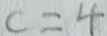
c = 4